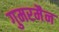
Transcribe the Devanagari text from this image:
गुमरमैन